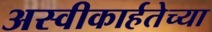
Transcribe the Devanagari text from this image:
अस्वीकार्हतेच्या